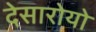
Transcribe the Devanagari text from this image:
देसारोयो